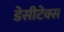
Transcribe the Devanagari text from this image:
डेसीटेक्स